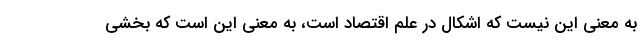
به معنی این نیست که اشکال در علم اقتصاد است، به معنی این است که بخشی